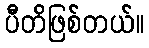
ပီတိဖြစ်တယ်။